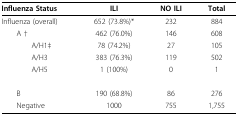
| Influenza Status | ILI | NO ILI | Total |
 | --- | --- | --- | --- |
 | Influenza (overall) | 652 (73.8%)* | 232 | 884 |
 | A † | 462 (76.0%) | 146 | 608 |
 | A/H1‡ | 78 (74.2%) | 27 | 105 |
 | A/H3 | 383 (76.3%) | 119 | 502 |
 | A/H5 | 1 (100%) | 0 | 1 |
 | B | 190 (68.8%) | 86 | 276 |
 | Negative | 1000 | 755 | 1,755 |